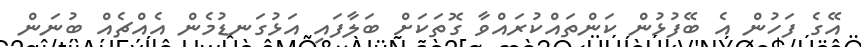
އޭގެ ފަހުން އެ ބޭފުޅުން ކަންތައްކުރައްވާ ގޮތަކަށް ބަލާފައި އަޅުގަނޑުމެން އެއްޗެއް ބުނަން